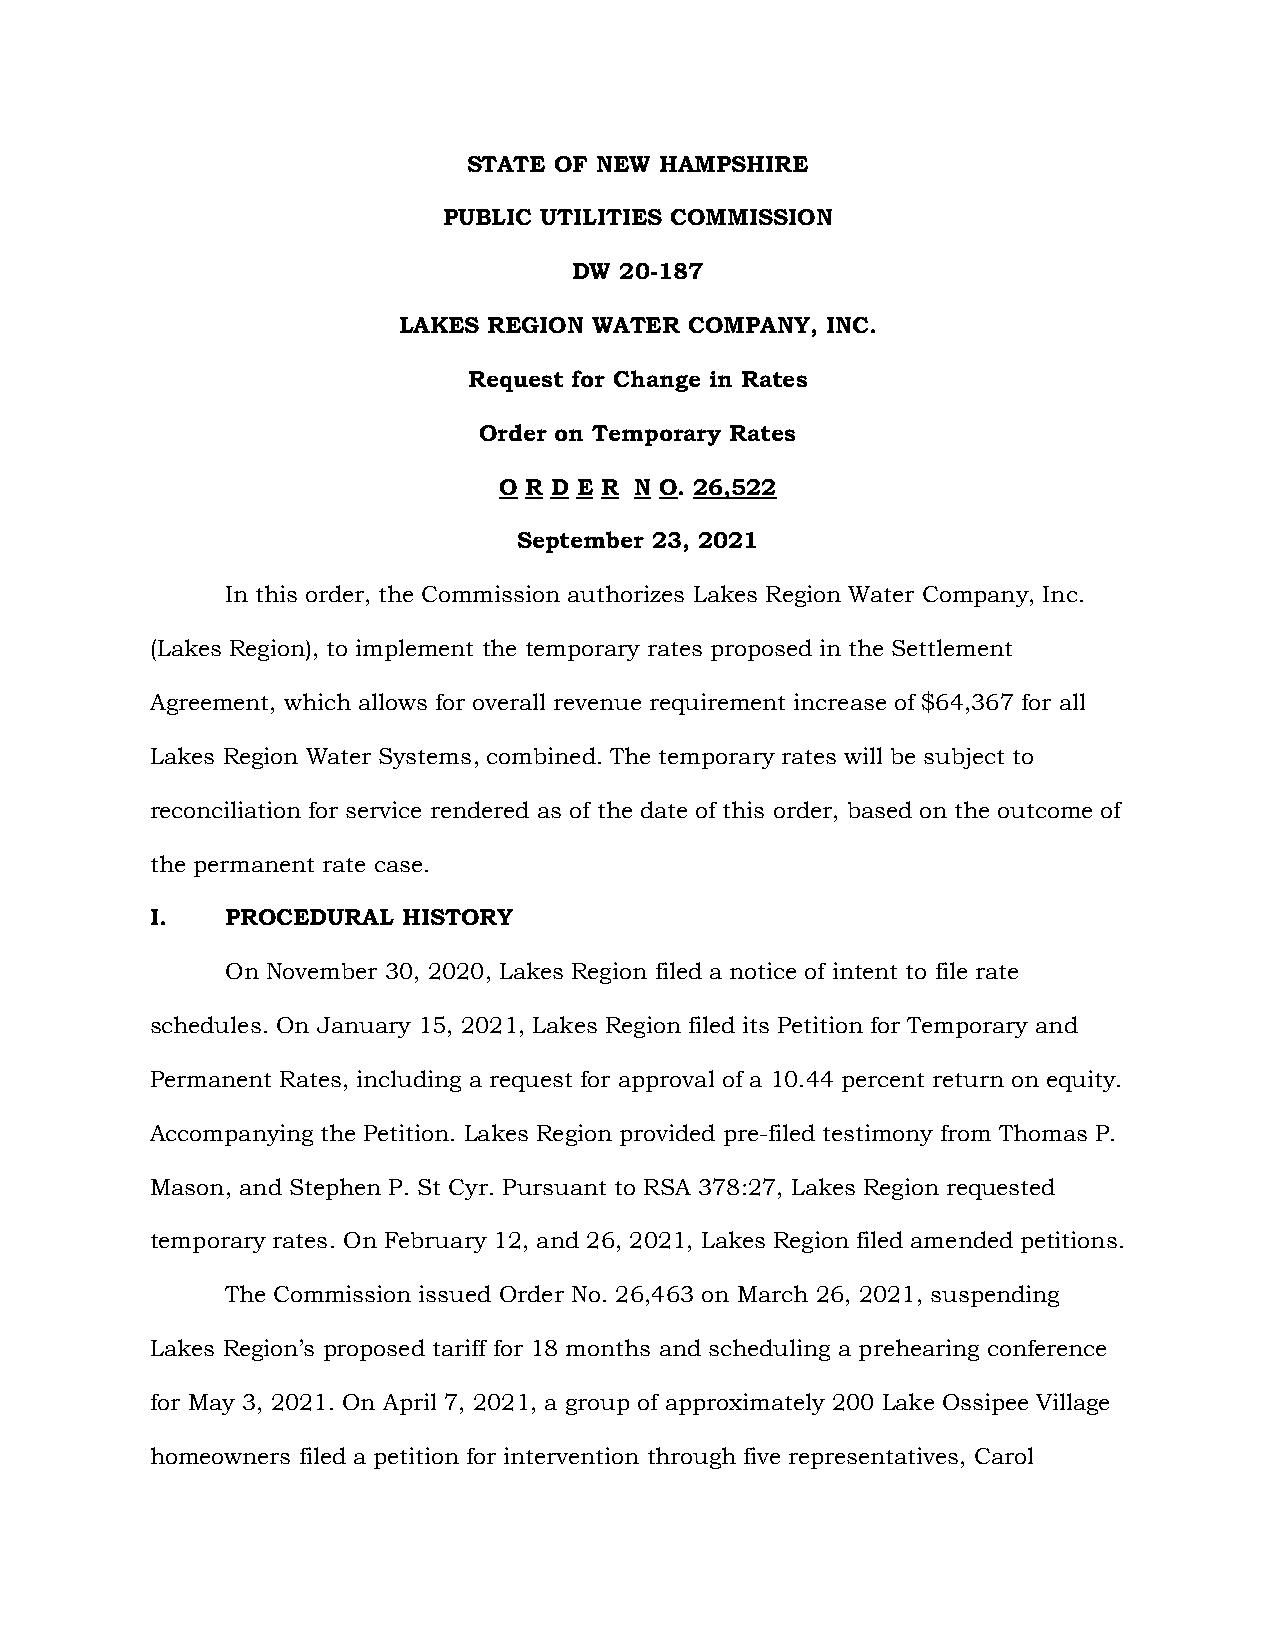
STATE OF NEW HAMPSHIRE
 PUBLIC UTILITIES COMMISSION
 DW 20-187
 LAKES REGION WATER  COMPANY, INC.
 Request for Change in Rates
 Order on Temporary Rates
 O R D E R N O. 26,522
 September 23, 2021
 In this order, the Commission authorizes Lakes Region Water Company, Inc.
 (Lakes Region), to implement the temporary rates proposed in the Settlement
 Agreement, which allows for overall revenue requirement increase of $64,367 for all
 Lakes Region Water Systems, combined. The temporary rates will be subject to
 reconciliation for service rendered as of the date of this order, based on the outcome of
 the permanent rate case.
 I.   PROCEDURAL  HISTORY
 On November 30, 2020, Lakes Region filed a notice of intent to file rate
 schedules. On January 15, 2021, Lakes Region filed its Petition for Temporary and
 Permanent Rates, including a request for approval of a 10.44 percent return on equity.
 Accompanying the Petition. Lakes Region provided pre-filed testimony from Thomas P.
 Mason, and Stephen P. St Cyr. Pursuant to RSA 378:27, Lakes Region requested
 temporary rates. On February 12, and 26, 2021, Lakes Region filed amended petitions.
 The Commission issued Order No. 26,463 on March 26, 2021, suspending
 Lakes Region’s proposed tariff for 18 months and scheduling a prehearing conference
 for May 3, 2021. On April 7, 2021, a group of approximately 200 Lake Ossipee Village
 homeowners filed a petition for intervention through five representatives, Carol